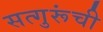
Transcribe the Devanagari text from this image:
सत्गुरूंची